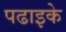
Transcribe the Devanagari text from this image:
पढाइके